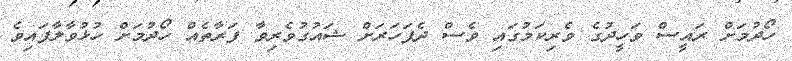
ހޯދުމަށް ރައީސް ވަހީދުގެ ވެރިކަމުގައި ވެސް ދެފަހަރަށް ޝައުގުވެރިވާ ފަރާތެއް ހޯދުމަށް ހުޅުވާލާފައިވެ